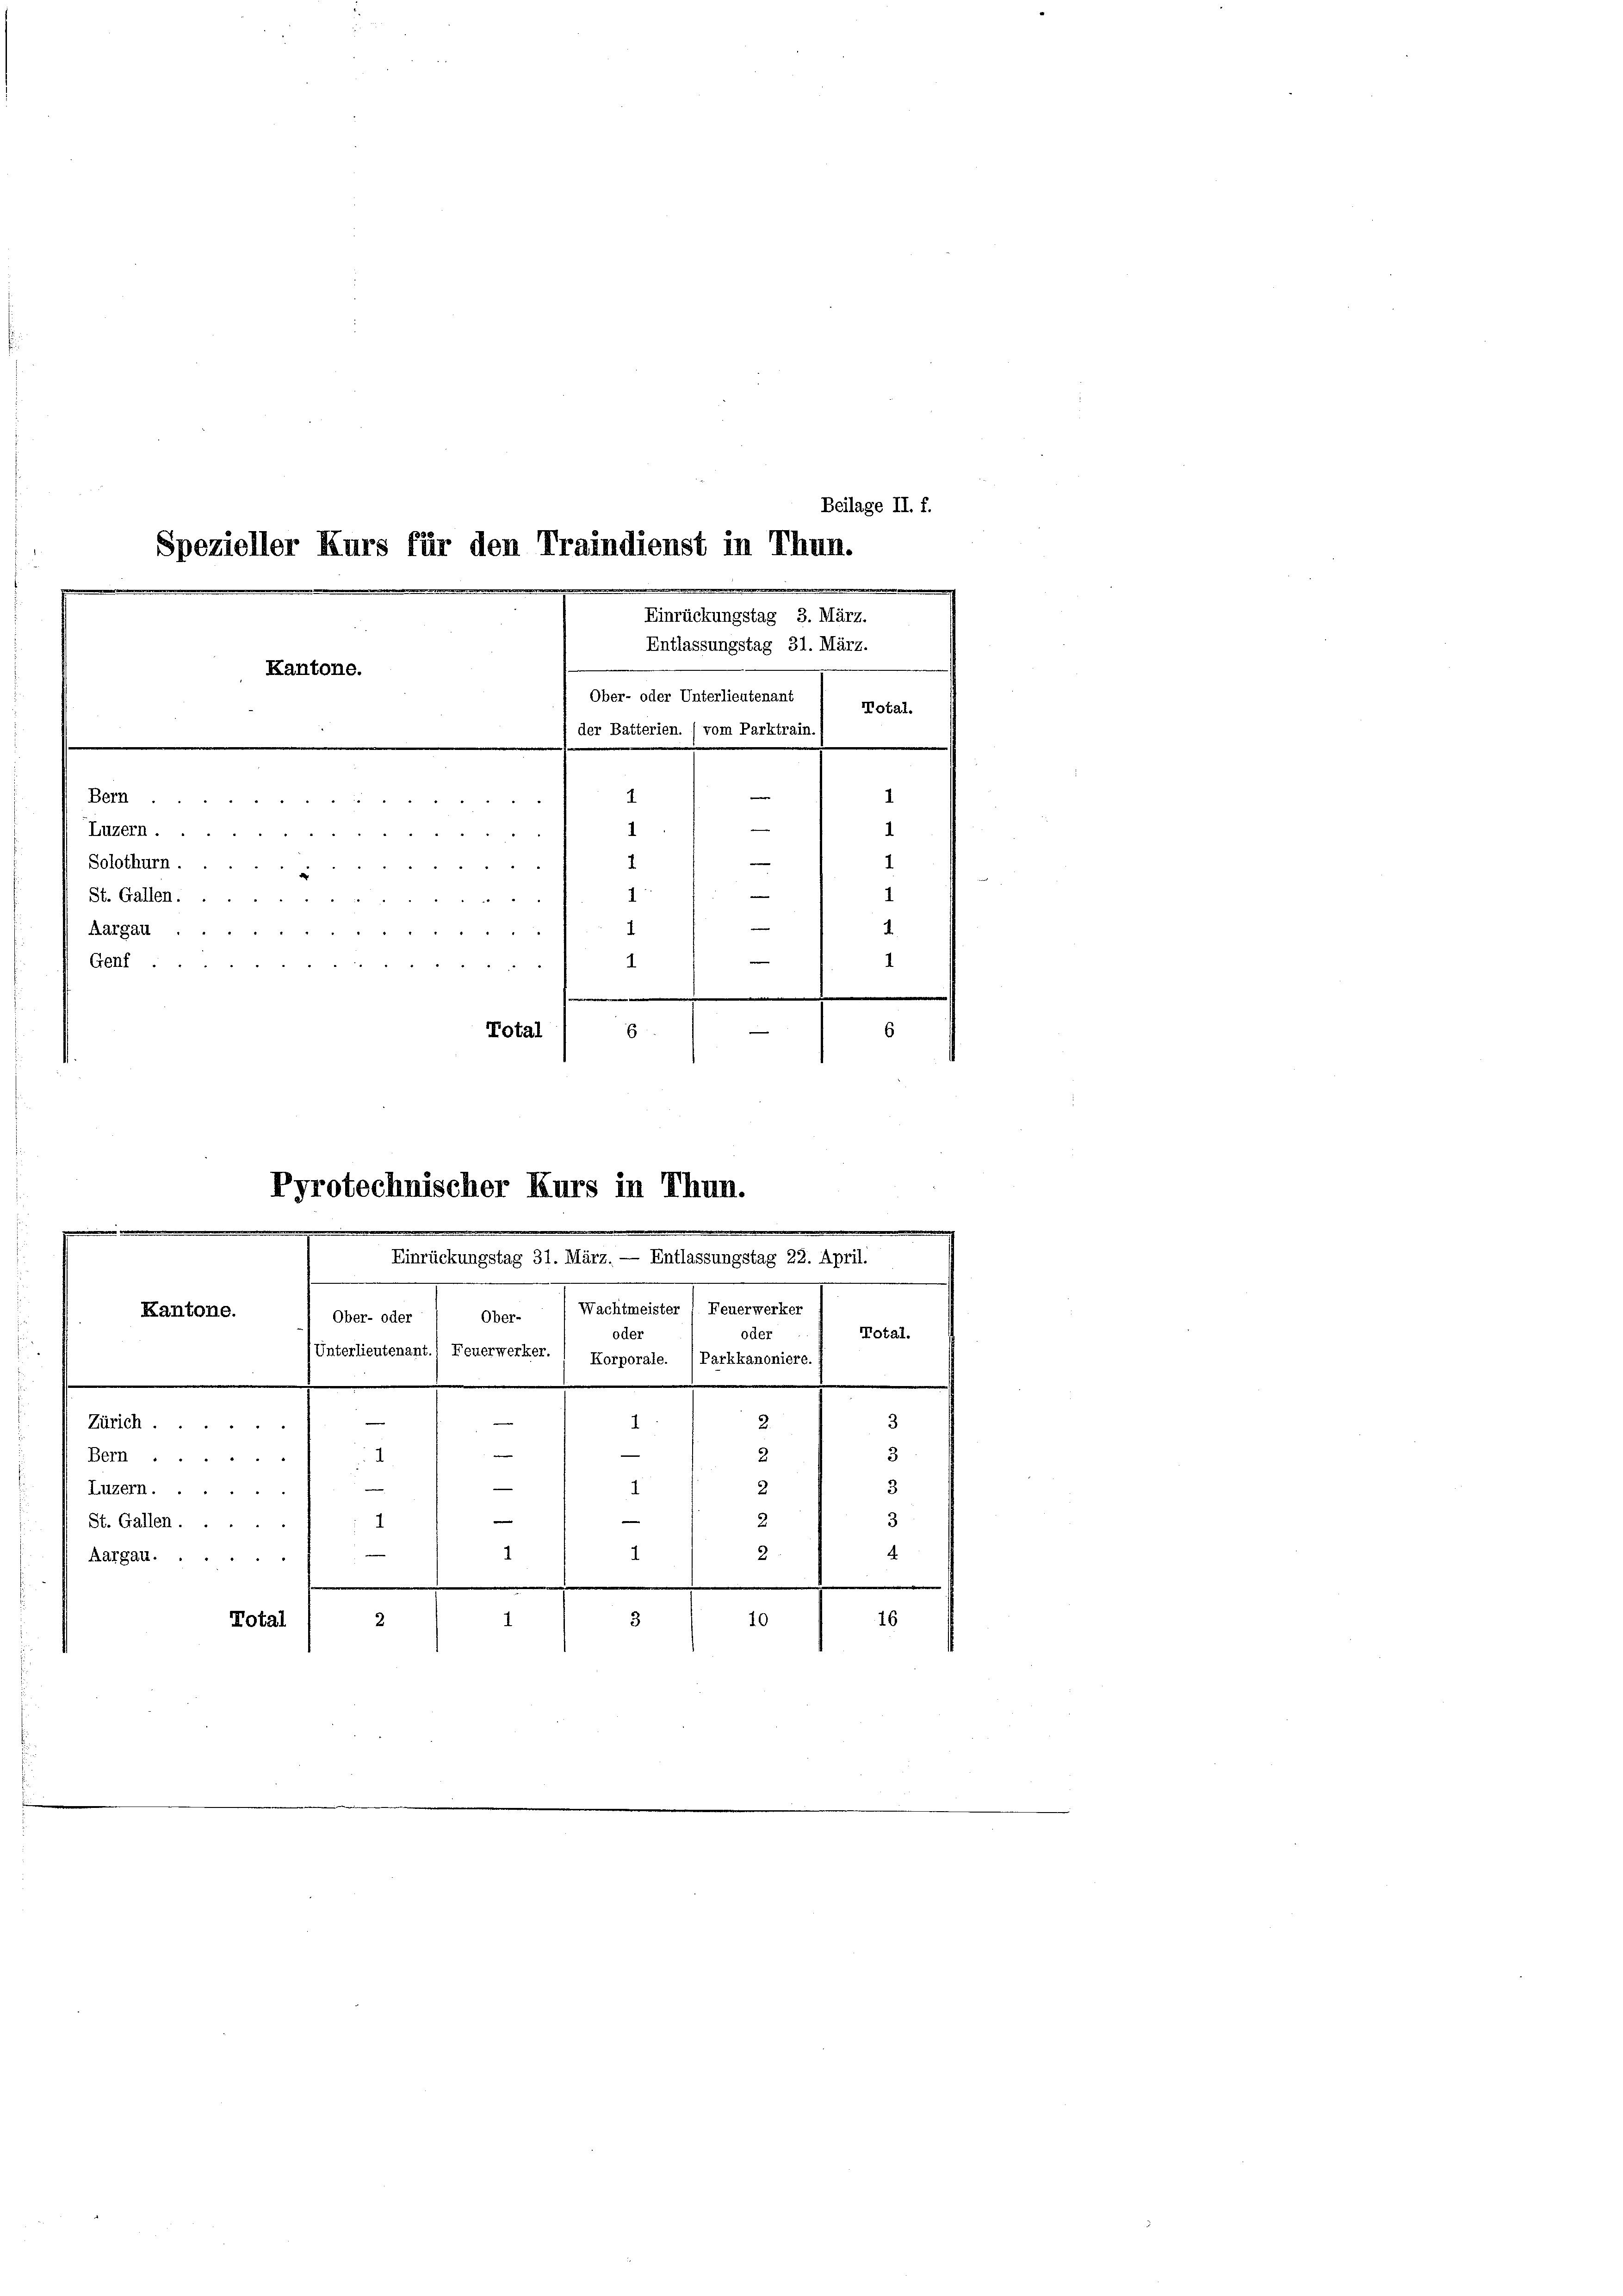
Spezieller Kurs für den Traindienst in Thun.
e
e
.
Einrückungstag 3. März.
Entlassungstag 31. März.
Kantone.
e
.
¬
Ober- oder Unterlieutenant
Total.
der Batterien. (vom Parktrain.)
1
1
Bern.

.
Luzern.
1
Solothurn.
1
42 M. 114 f 4 § 1
e
n
St. Gallen.
2144 f 24
1
Aargau.
e
 § § 5
1
g
1
"  "     "    2
.
—
Total
s
6
Pyrotechnischer Kurs in Thun.

.
Einrückungstag 31. März. — Entlassungstag 22. April.
Wachtmeister! Feuerwerker
Kantone.
Ober- oder Ober-
oder
oder

Zürich
Bern.
Luzern.
2
St. Gallen.
4
Aargau
.
3
1.
Total
1
2

Beilage II. f.

1
e

Total.
Unterlieutenant.) Feuerwerker.  Korporale. (Parkkanoniere
3
.
2.

d
3
2
3
—
4
|
3
e
1
.
1
1
2